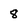
Character: 8